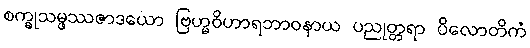
စက္ခုသမ္ဖဿဇာဒယော ဗြဟ္မဝိဟာရဘာဝနာယ ပညုတ္တရာ ပိလောတိကံ